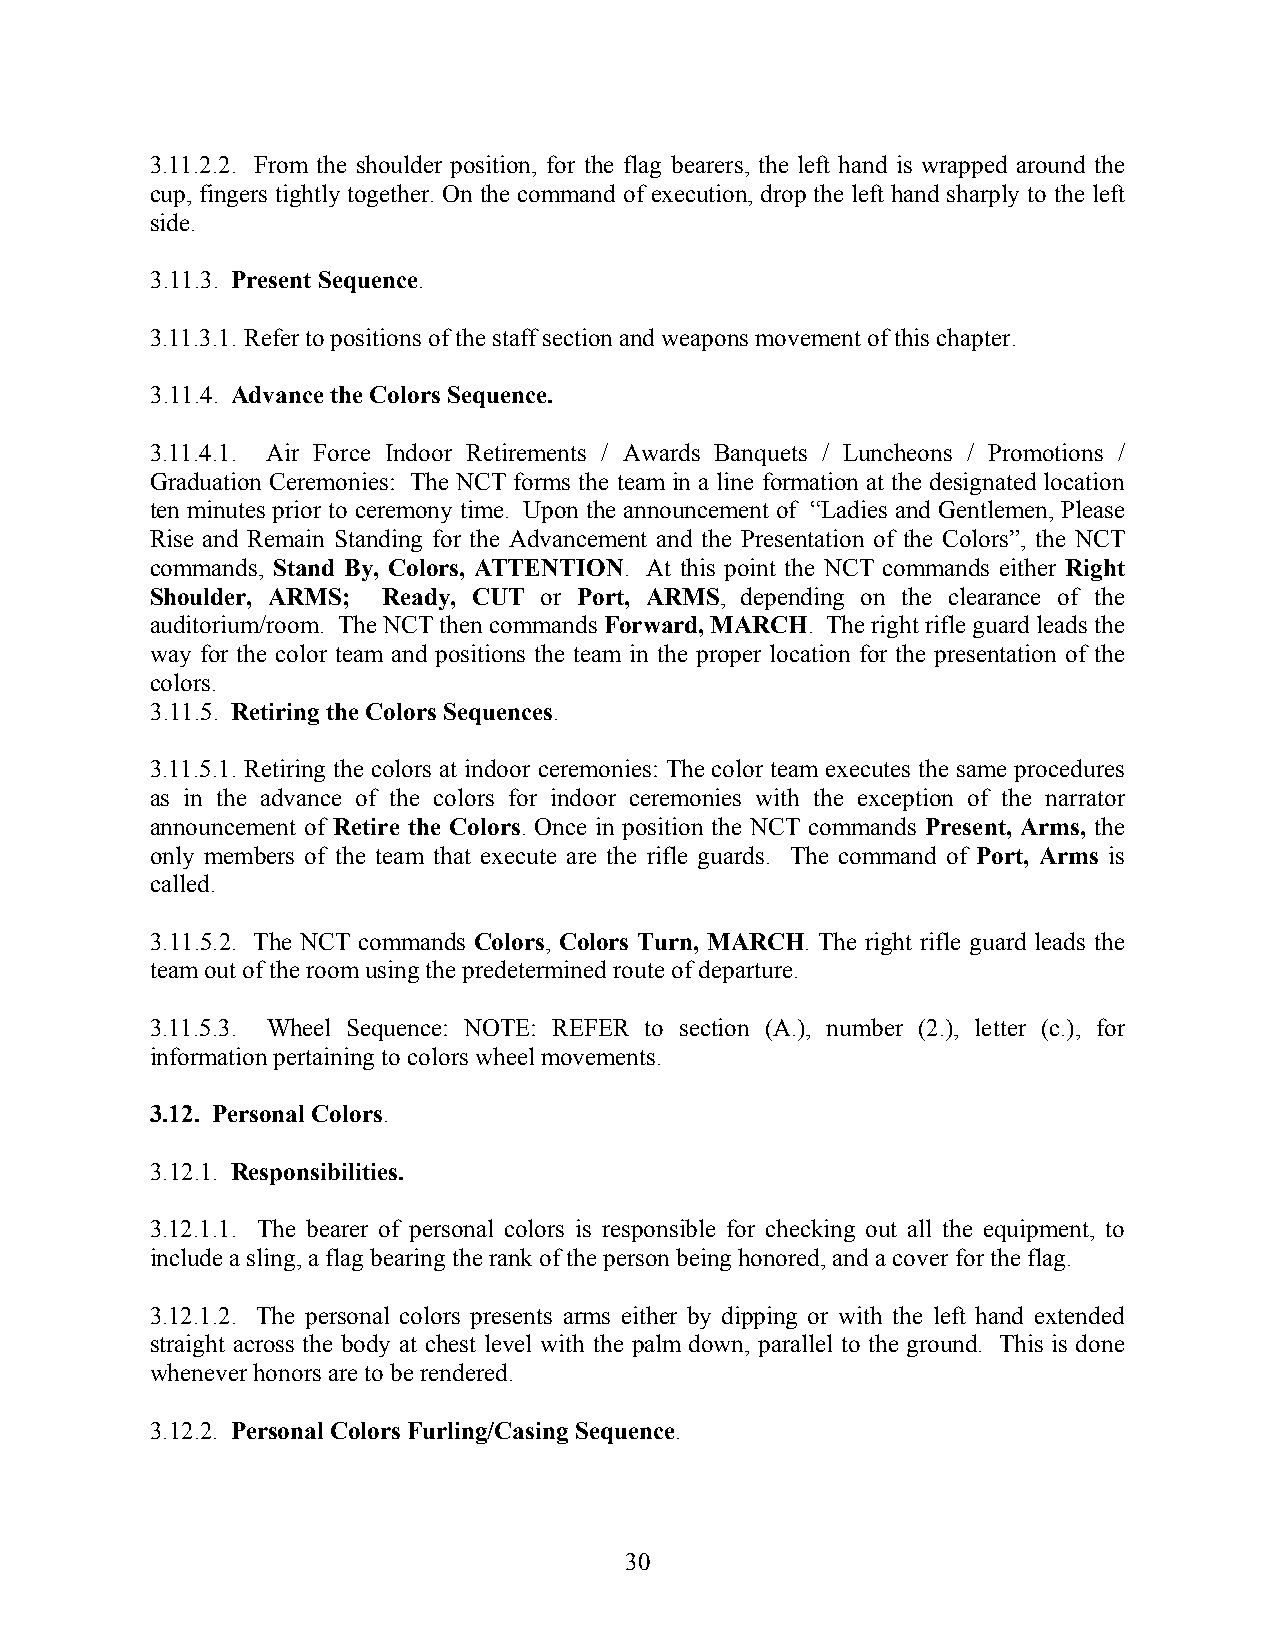
3.11.2.2. From the shoulder position, for the flag bearers, the left hand is wrapped around the
 cup, fingers tightly together. On the command of execution, drop the left hand sharply to the left
 side.
 3.11.3. Present Sequence.
 3.11.3.1. Refer to positions of the staff section and weapons movement of this chapter.
 3.11.4. Advance the Colors Sequence.
 3.11.4.1. Air Force Indoor Retirements / Awards Banquets / Luncheons / Promotions /
 Graduation Ceremonies: The NCT forms the team in a line formation at the designated location
 ten minutes prior to ceremony time. Upon the announcement of “Ladies and Gentlemen, Please
 Rise and Remain Standing for the Advancement and the Presentation of the Colors”, the NCT
 commands, Stand By, Colors, ATTENTION. At this point the NCT commands either Right
 Shoulder, ARMS; Ready, CUT or Port, ARMS, depending on the clearance of the
 auditorium/room. The NCT then commands Forward, MARCH. The right rifle guard leads the
 way for the color team and positions the team in the proper location for the presentation of the
 colors.
 3.11.5. Retiring the Colors Sequences.
 3.11.5.1. Retiring the colors at indoor ceremonies: The color team executes the same procedures
 as in the advance of the colors for indoor ceremonies with the exception of the narrator
 announcement of Retire the Colors. Once in position the NCT commands Present, Arms, the
 only members of the team that execute are the rifle guards. The command of Port, Arms is
 called.
 3.11.5.2. The NCT commands Colors, Colors Turn, MARCH. The right rifle guard leads the
 team out of the room using the predetermined route of departure.
 3.11.5.3. Wheel Sequence: NOTE: REFER to section (A.), number (2.), letter (c.), for
 information pertaining to colors wheel movements.
 3.12. Personal Colors.
 3.12.1. Responsibilities.
 3.12.1.1. The bearer of personal colors is responsible for checking out all the equipment, to
 include a sling, a flag bearing the rank of the person being honored, and a cover for the flag.
 3.12.1.2. The personal colors presents arms either by dipping or with the left hand extended
 straight across the body at chest level with the palm down, parallel to the ground. This is done
 whenever honors are to be rendered.
 3.12.2. Personal Colors Furling/Casing Sequence.
 30